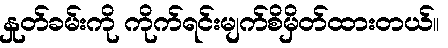
နှုတ်ခမ်းကို ကိုက်ရင်းမျက်စိမှိတ်ထားတယ်။